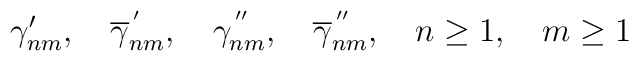
\gamma'_{nm}, \quad \overline{\gamma}_{nm}^{\,'}, \quad {\gamma}_{nm}^{\,''}, \quad \overline{\gamma}_{nm}^{\,''}, \quad n\geq 1, \quad m\geq 1